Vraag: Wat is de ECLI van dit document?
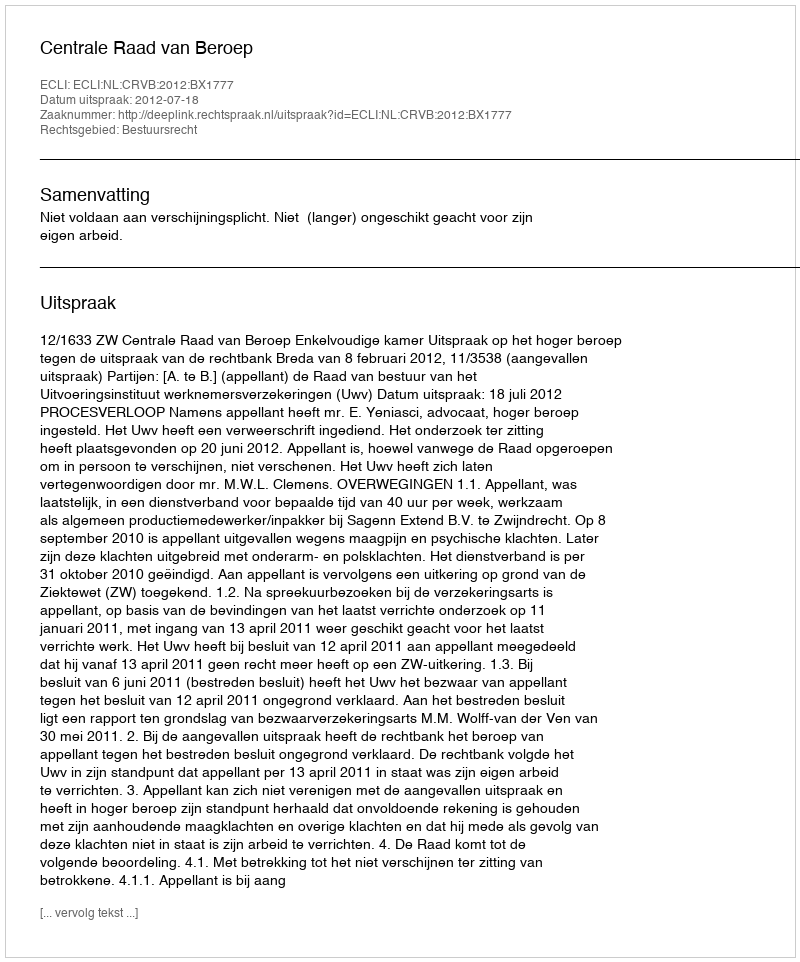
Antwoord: ECLI:NL:CRVB:2012:BX1777